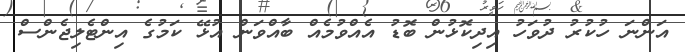
އަންނަ ހުކުރު ދުވަހު އިދިކޮޅުން ބޮޑު އެއްވުމެއް ބާއްވަން އުޅޭ ކަމުގެ އިންޓެލިޖެންސް